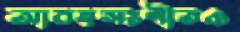
আবহসংগীতও